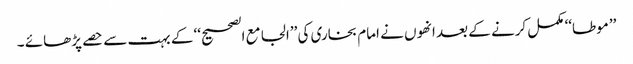
’’موطا‘‘ مکمل کرنے کے بعد انھوں نے امام بخاری کی ’’الجامع الصحیح‘‘ کے بہت سے حصے پڑھائے ۔